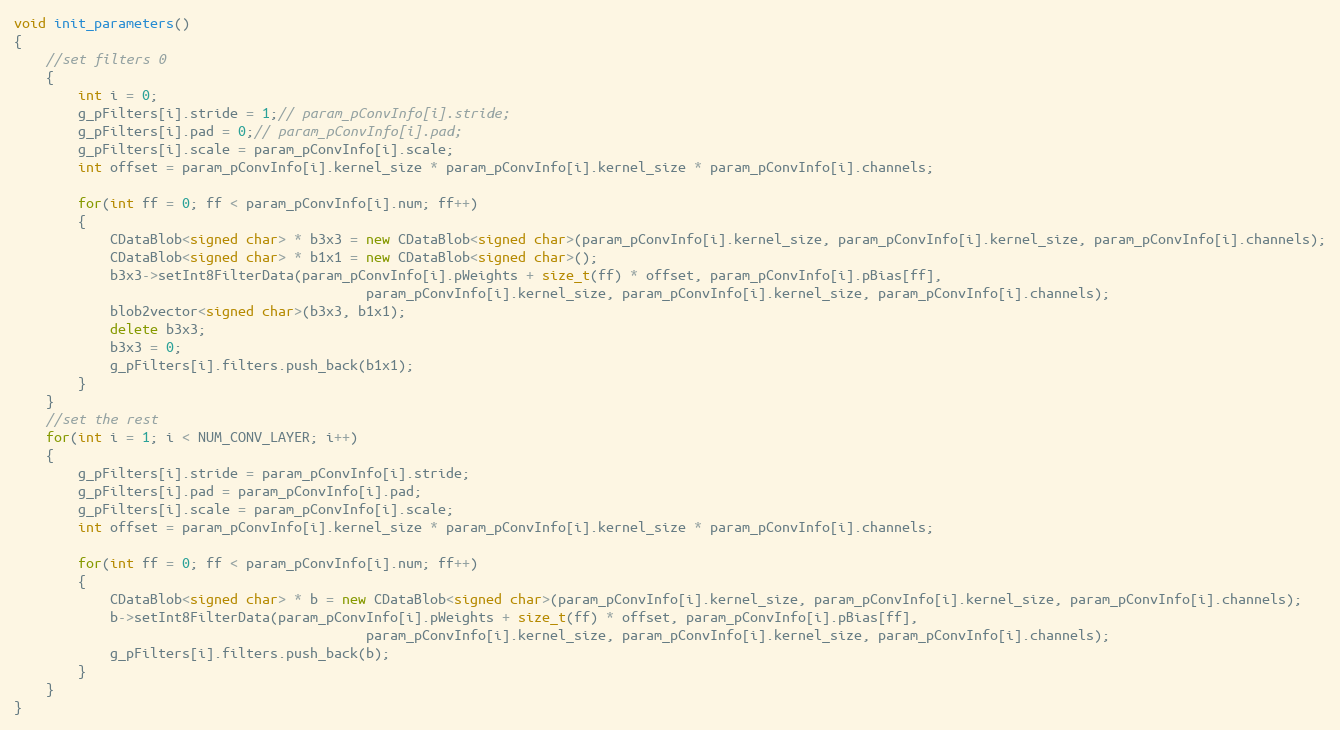
Language: C++
void init_parameters()
{
    //set filters 0
    {
        int i = 0;
        g_pFilters[i].stride = 1;// param_pConvInfo[i].stride;
        g_pFilters[i].pad = 0;// param_pConvInfo[i].pad;
        g_pFilters[i].scale = param_pConvInfo[i].scale;
        int offset = param_pConvInfo[i].kernel_size * param_pConvInfo[i].kernel_size * param_pConvInfo[i].channels;

        for(int ff = 0; ff < param_pConvInfo[i].num; ff++)
        {
            CDataBlob<signed char> * b3x3 = new CDataBlob<signed char>(param_pConvInfo[i].kernel_size, param_pConvInfo[i].kernel_size, param_pConvInfo[i].channels);
            CDataBlob<signed char> * b1x1 = new CDataBlob<signed char>();
            b3x3->setInt8FilterData(param_pConvInfo[i].pWeights + size_t(ff) * offset, param_pConvInfo[i].pBias[ff],
                                            param_pConvInfo[i].kernel_size, param_pConvInfo[i].kernel_size, param_pConvInfo[i].channels);
            blob2vector<signed char>(b3x3, b1x1);
            delete b3x3;
            b3x3 = 0;
            g_pFilters[i].filters.push_back(b1x1);
        }
    }
    //set the rest
    for(int i = 1; i < NUM_CONV_LAYER; i++)
    {
        g_pFilters[i].stride = param_pConvInfo[i].stride;
        g_pFilters[i].pad = param_pConvInfo[i].pad;
        g_pFilters[i].scale = param_pConvInfo[i].scale;
        int offset = param_pConvInfo[i].kernel_size * param_pConvInfo[i].kernel_size * param_pConvInfo[i].channels;

        for(int ff = 0; ff < param_pConvInfo[i].num; ff++)
        {
            CDataBlob<signed char> * b = new CDataBlob<signed char>(param_pConvInfo[i].kernel_size, param_pConvInfo[i].kernel_size, param_pConvInfo[i].channels);
            b->setInt8FilterData(param_pConvInfo[i].pWeights + size_t(ff) * offset, param_pConvInfo[i].pBias[ff],
                                            param_pConvInfo[i].kernel_size, param_pConvInfo[i].kernel_size, param_pConvInfo[i].channels);
            g_pFilters[i].filters.push_back(b);
        }
    }
}